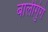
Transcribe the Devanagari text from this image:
बालीगुंगे